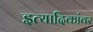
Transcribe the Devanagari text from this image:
इत्यादिकांवर